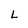
Character: L